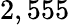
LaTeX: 2,555